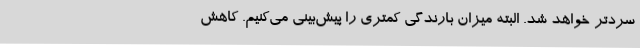
سردتر خواهد شد. البته میزان بارندگی کمتری را پیش‌بینی می‌کنیم. کاهش